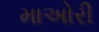
માઅોરી